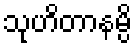
သုဟိတာနမ္ပိ